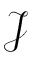
\mathcal { J }